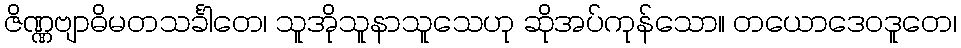
ဇိဏ္ဏဗျာဓိမတသင်္ခါတေ၊ သူအိုသူနာသူသေဟု ဆိုအပ်ကုန်သော။ တယောဒေဝဒူတေ၊